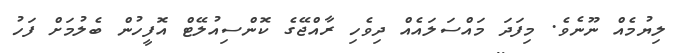
ލިޔުމެއް ނޫނެވެ. މިފަދަ މައްސަލައެއް ދިވެހި ރާއްޖޭގެ ކޮންސިއުލޭޓް އޮފީހުން ބެލުމަށް ފަހު